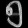
Digit: ၅